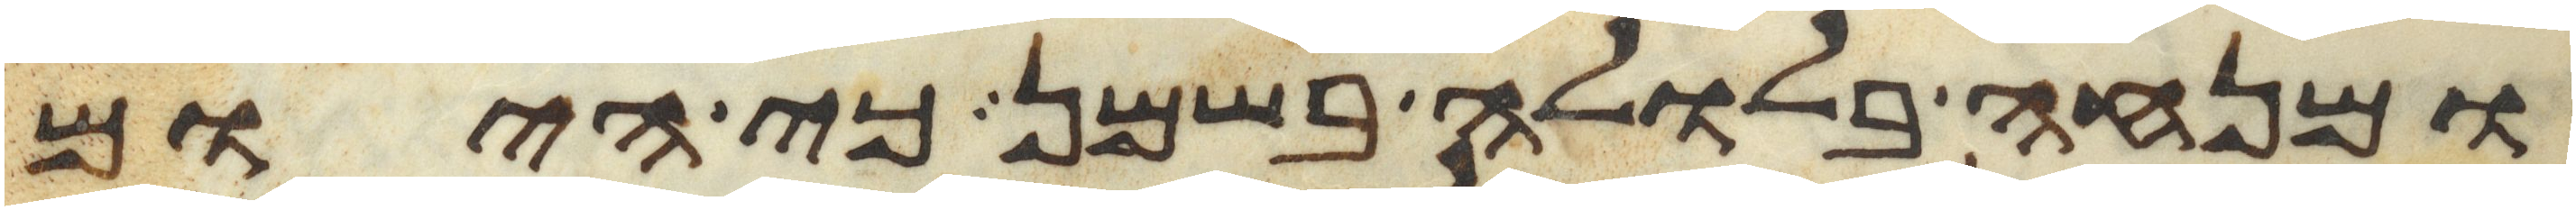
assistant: ומנחה בלולה בשמן כי היום